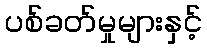
ပစ်ခတ်မှုများနှင့်